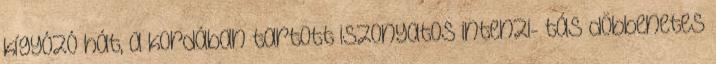
kígyózó hát, a kordában tartott iszonyatos intenzi- tás döbbenetes